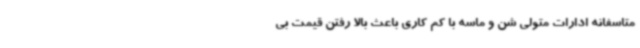
متاسفانه ادارات متولی شن و ماسه با کم کاری باعث بالا رفتن قیمت بی